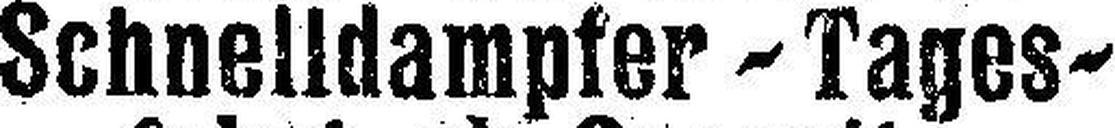
Schnelldampfer ~ Tages ~